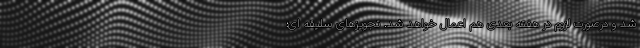
شد و درصورت لزوم در هفته بعدی هم اعمال خواهد شد. تجویز‌های سلیقه ای؛